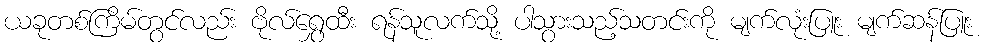
ယခုတစ်ကြိမ်တွင်လည်း ဗိုလ်ရွှေထီး ရန်သူလက်သို့ ပါသွားသည့်သတင်းကို မျက်လုံးပြူး မျက်ဆန်ပြူး